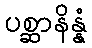
ပစ္ဆာနိန္နံ